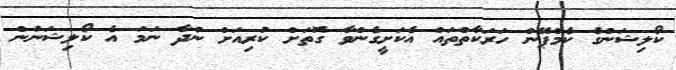
ކޯލިޝަންގެ ކެމްޕޭން ހަރަކާތްތައް އެކަށީގެންވާ ގޮތަށް ކުރިއަށް ނުދާ ނަމަ އެ ކޯލިޝަނުން